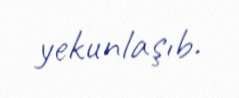
yekunlaşıb.